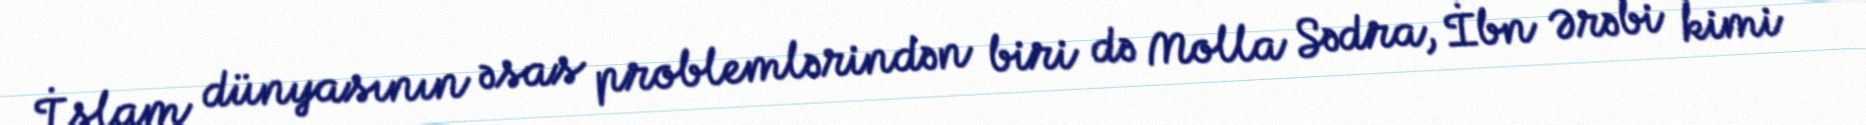
İslam dünyasının əsas problemlərindən biri də Molla Sədra, İbn Ərəbi kimi